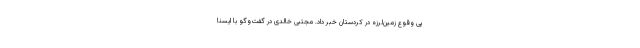
پی وقوع زمین‌لرزه در کردستان خبر داد. مجتبی خالدی در گفت‌وگو با ایسنا